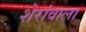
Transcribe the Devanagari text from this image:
शेरांवाला